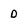
Character: D